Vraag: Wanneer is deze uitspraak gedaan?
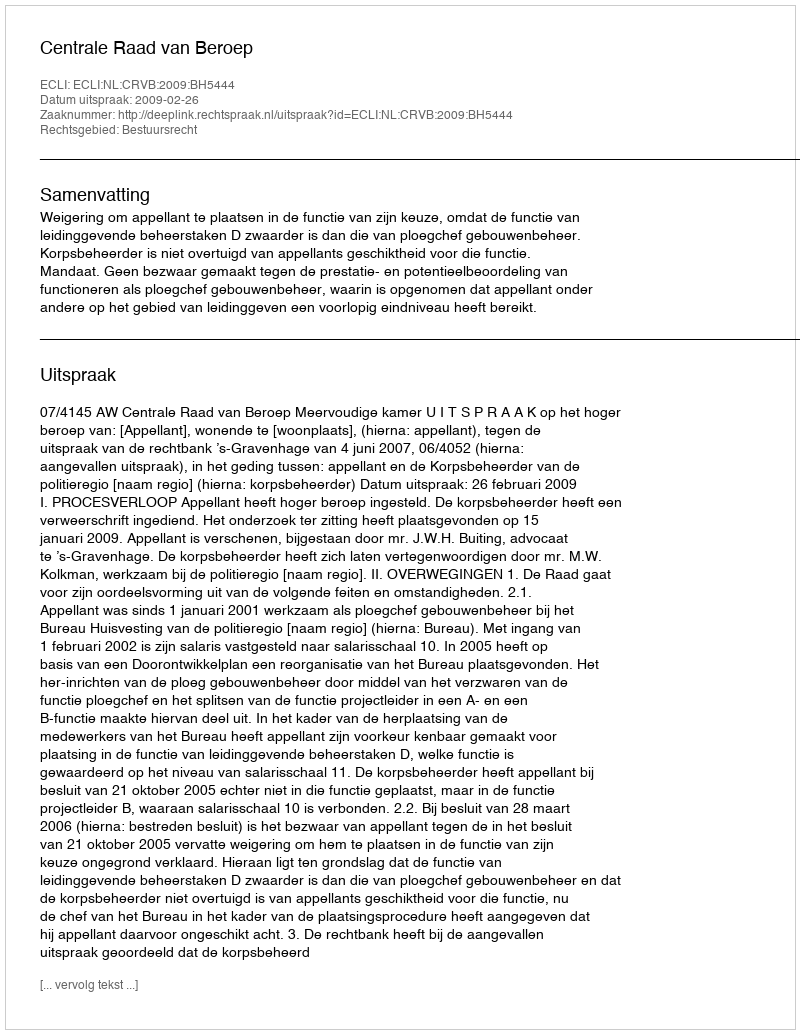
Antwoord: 2009-02-26